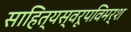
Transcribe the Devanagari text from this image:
साहित्यस्वरूपविमर्श